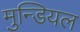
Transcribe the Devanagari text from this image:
मुन्डियल